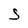
Character: 5